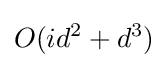
O(id^{2}+d^{3})